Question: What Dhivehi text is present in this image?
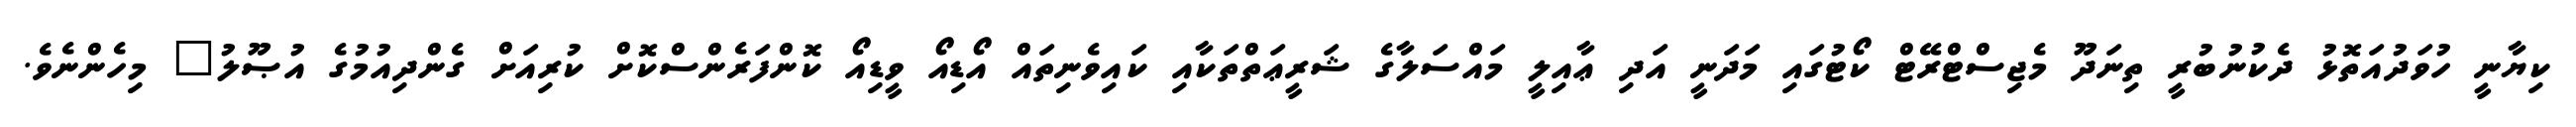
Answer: ކިޔާނީ ހުވަދުއަތޮޅު ދެކުނުބުރީ ތިނަދޫ މެޖިސްޓްރޭޓް ކޯޓުގައި މަދަނީ އަދި ޢާއިލީ މައްސަލާގެ ޝަރީޢަތްތަކާއި ކައިވެނިތައް އޯޑިއޯ ވީޑިއޯ ކޮންފަރެންސްކޮށް ކުރިއަށް ގެންދިއުމުގެ އުޞޫލު" މިހެންނެވެ.